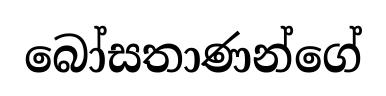
බෝසතාණන්ගේ